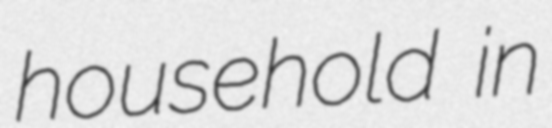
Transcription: household in